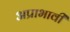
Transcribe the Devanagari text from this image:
अप्राभावी